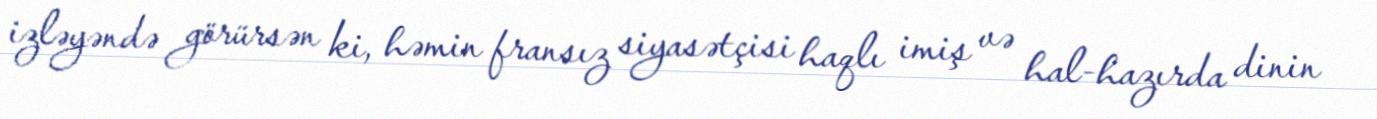
izləyəndə görürsən ki, həmin fransız siyasətçisi haqlı imiş və hal-hazırda dinin